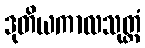
ဒုတိယကာလသုတ္တံ